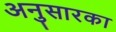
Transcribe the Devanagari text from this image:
अनुसारका